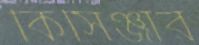
কিসিঞ্জার